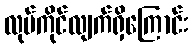
လုပ်ကိုင်လျက်ရှိကြောင်း